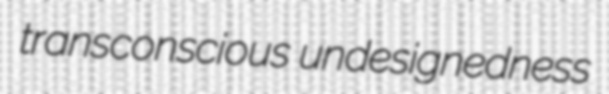
transconscious undesignedness